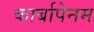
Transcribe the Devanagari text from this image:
कार्बापेनम